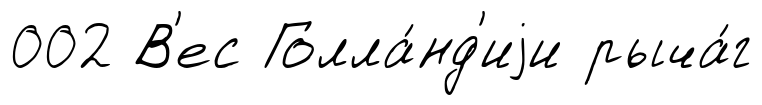
002 В'ес Голла́нд'иjи рыча́г